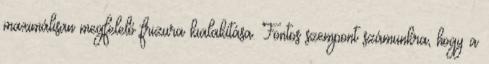
maximálisan megfelelő frizura kialakítása. Fontos szempont számunkra, hogy a